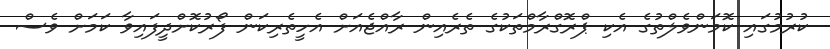
ކުރުމުގައި ކޮމަންވެލްތުގެ އެކި ޕްރޮގްރާމްތަކުގެ ތެރެއިން ރާއްޖެއަށް އެހީތެރިކަން ފޯރުކޮށްދީފައިވާ ކަމަށް ވެސް